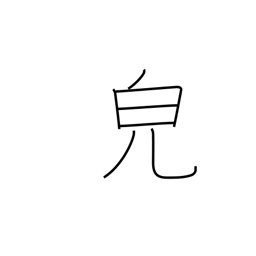
Meaning: appearance